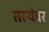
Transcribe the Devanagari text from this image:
सस्थेवर